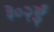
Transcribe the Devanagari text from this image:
३०२ई